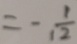
= - \frac { 1 } { 1 2 }